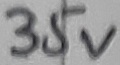
Text: 35V